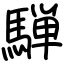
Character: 騨